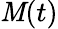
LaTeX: \mathit{M}(t)